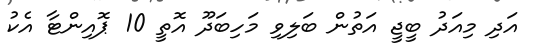
އަދި މިއަދު ބީޖީ އަތުން ބަލިވި މަހިބަދޫ އޮތީ 10 ޕޮއިންޓާ އެކު